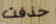
حذفت